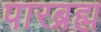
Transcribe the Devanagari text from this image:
पारब्रह्म